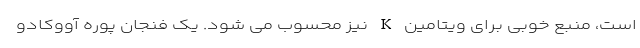
است، منبع خوبی برای ویتامین K نیز محسوب می شود. یک فنجان پوره آووکادو